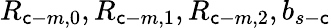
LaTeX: R_{\mathsf{c}-m,0},R_{\mathsf{c}-m,1},R_{\mathsf{c}-m,2},b_{s-\mathsf{c}}